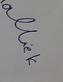
Signature authenticity: forged